Lunatic asylums Central Provinces reports 1874-1885 - 1874-1885
Year: 1874
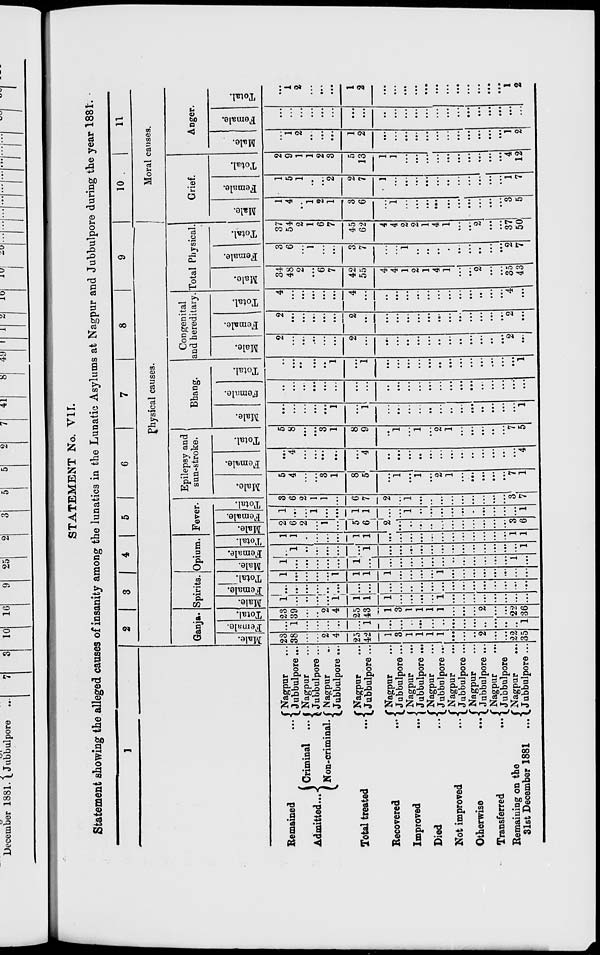
STATEMENT No. VII.
Statement showing the alleged causes of insanity among the lunatics in the Lunatic Asylums at Nagpur and Jubbulpore during the year 1881.
1
Remained
...
Admitted ...
Criminal ...
Non-criminal.
Total treated ...
Recovered ...
Improved
...
Died
...
Not improved
...
Otherwise
...
Transferred
...
Remaining on the
31st December 1881 ...
Nagpur ...
Jubbulpore ...
Nagpur ...
Jubbulpore ...
Nagpur ...
Jubbulpore ...
Nagpur
...
Jubbulpore ...
Nagpur ...
Jubbulpore ...
Nagpur ...
Jubbulpore ...
Nagpur ...
Jubbulpore ...
Nagpur ...
Jubbulpore ...
Nagpur ...
Jubbulpore ...
Nagpur ...
Jubbulpore ...
Nagpur
...
Jubbulpore ...
2
3
4
5
6
7
8
9
Physical causes.
Ganja.
Male.
23
38
...
...
2
4
25
42
1
3
1
1
1
1
...
...
...
2
...
...
22
35
Female.
...
1
...
...
...
...
...
1
...
...
...
...
...
...
...
...
...
...
...
...
...
1
Total.
23
39
...
...
2
4
25
43
1
3
1
1
1
1
...
...
...
2
...
...
22
36
Spirits.
Male.
1
...
...
...
...
1
1
1
1
...
...
...
...
1
...
...
...
...
...
...
...
...
Female.
...
...
...
...
...
...
...
...
...
...
...
...
...
...
...
...
...
...
...
...
...
...
Total.
1
...
...
...
...
1
1
1
1
...
...
...
...
1
...
...
...
...
...
...
...
...
Opium.
Male.
1
...
...
...
...
...
1
...
...
...
...
...
...
...
...
...
...
...
...
...
1
...
Female.
...
1
...
...
...
...
...
1
...
...
...
...
...
...
...
...
...
...
...
...
...
1
Total.
1
1
...
...
...
...
1
1
...
...
...
...
...
...
...
...
...
...
...
...
1
1
Fever.
Male.
2
6
2
...
1
...
5
6
2
...
...
...
...
...
...
...
...
...
...
...
3
6
Female.
1
...
...
1
...
...
1
1
...
...
1
...
...
...
...
...
...
...
...
...
...
1
Total.
3
6
2
1
1
...
6
7
2
...
1
...
...
...
...
...
...
...
...
...
3
7
Epilepsy and
sun-stroke.
Male.
5
4
...
...
3
1
8
5
...
1
...
1
...
2
1
...
...
...
...
...
7
1
Female.
...
4
...
...
...
...
...
4
...
...
...
...
...
...
...
...
...
...
...
...
...
4
Total.
5
8
...
...
3
1
8
9
...
1
...
1
...
2
1
...
...
...
...
...
7
5
Bhang.
Male.
...
...
...
...
...
1
...
1
...
...
...
...
...
...
..
...
...
...
...
...
...
1
Female.
...
...
...
...
...
...
...
...
...
...
...
...
...
...
...
...
...
...
...
...
...
...
Total.
...
...
...
...
...
1
...
1
...
...
...
...
...
...
...
...
...
...
...
...
...
1
Congenital
and hereditary.
Male.
2
...
...
...
...
...
2
...
...
...
...
...
...
..
...
...
...
...
...
...
2
...
Female.
2
...
...
...
...
...
2
...
...
...
...
...
...
...
...
...
...
...
...
...
2
...
Total.
4
...
...
...
...
...
4
...
...
...
...
...
...
...
...
...
...
...
...
...
4
...
Total Physical.
Male.
34
48
2
...
6
7
42
55
4
4
1
2
1
4
1
...
...
2
...
...
35
43
Female.
3
6
...
1
...
...
3
7
...
...
1
...
...
...
...
...
...
...
...
...
2
7
Total.
37
54
2
1
6
7
45
62
4
4
2
2
1
4
1
...
...
2
...
...
37
50
10
11
Moral causes.
Grief.
Male.
1
4
..
1
2
1
3
6
...
1
...
...
...
...
...
...
...
...
...
...
3
5
Female.
1
5
1
...
...
2
2
7
1
...
...
...
...
...
...
...
...
...
...
...
1
7
Total.
2
9
1
1
2
3
5
13
1
1
...
...
...
...
...
...
...
...
...
...
4
12
Anger.
Male.
...
1
2
...
...
...
1
2
...
...
...
...
...
...
...
...
...
...
...
...
1
2
Female.
...
...
...
...
...
...
...
...
...
...
...
...
...
...
...
...
...
...
...
...
...
...
Total.
...
1
2
...
...
...
1
2
...
...
...
...
...
...
...
...
...
...
...
...
1
2